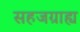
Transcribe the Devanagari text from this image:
सहजग्राह्य